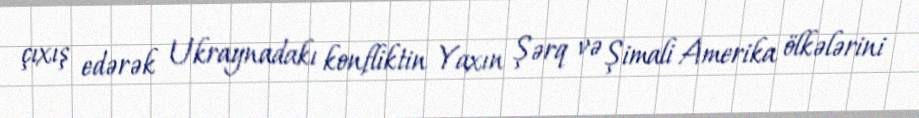
çıxış edərək Ukraynadakı konfliktin Yaxın Şərq və Şimali Amerika ölkələrini